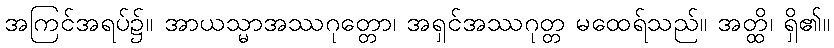
အကြင်အရပ်၌။ အာယသ္မာအဿဂုတ္တော၊ အရှင်အဿဂုတ္တ မထေရ်သည်။ အတ္ထိ၊ ရှိ၏။